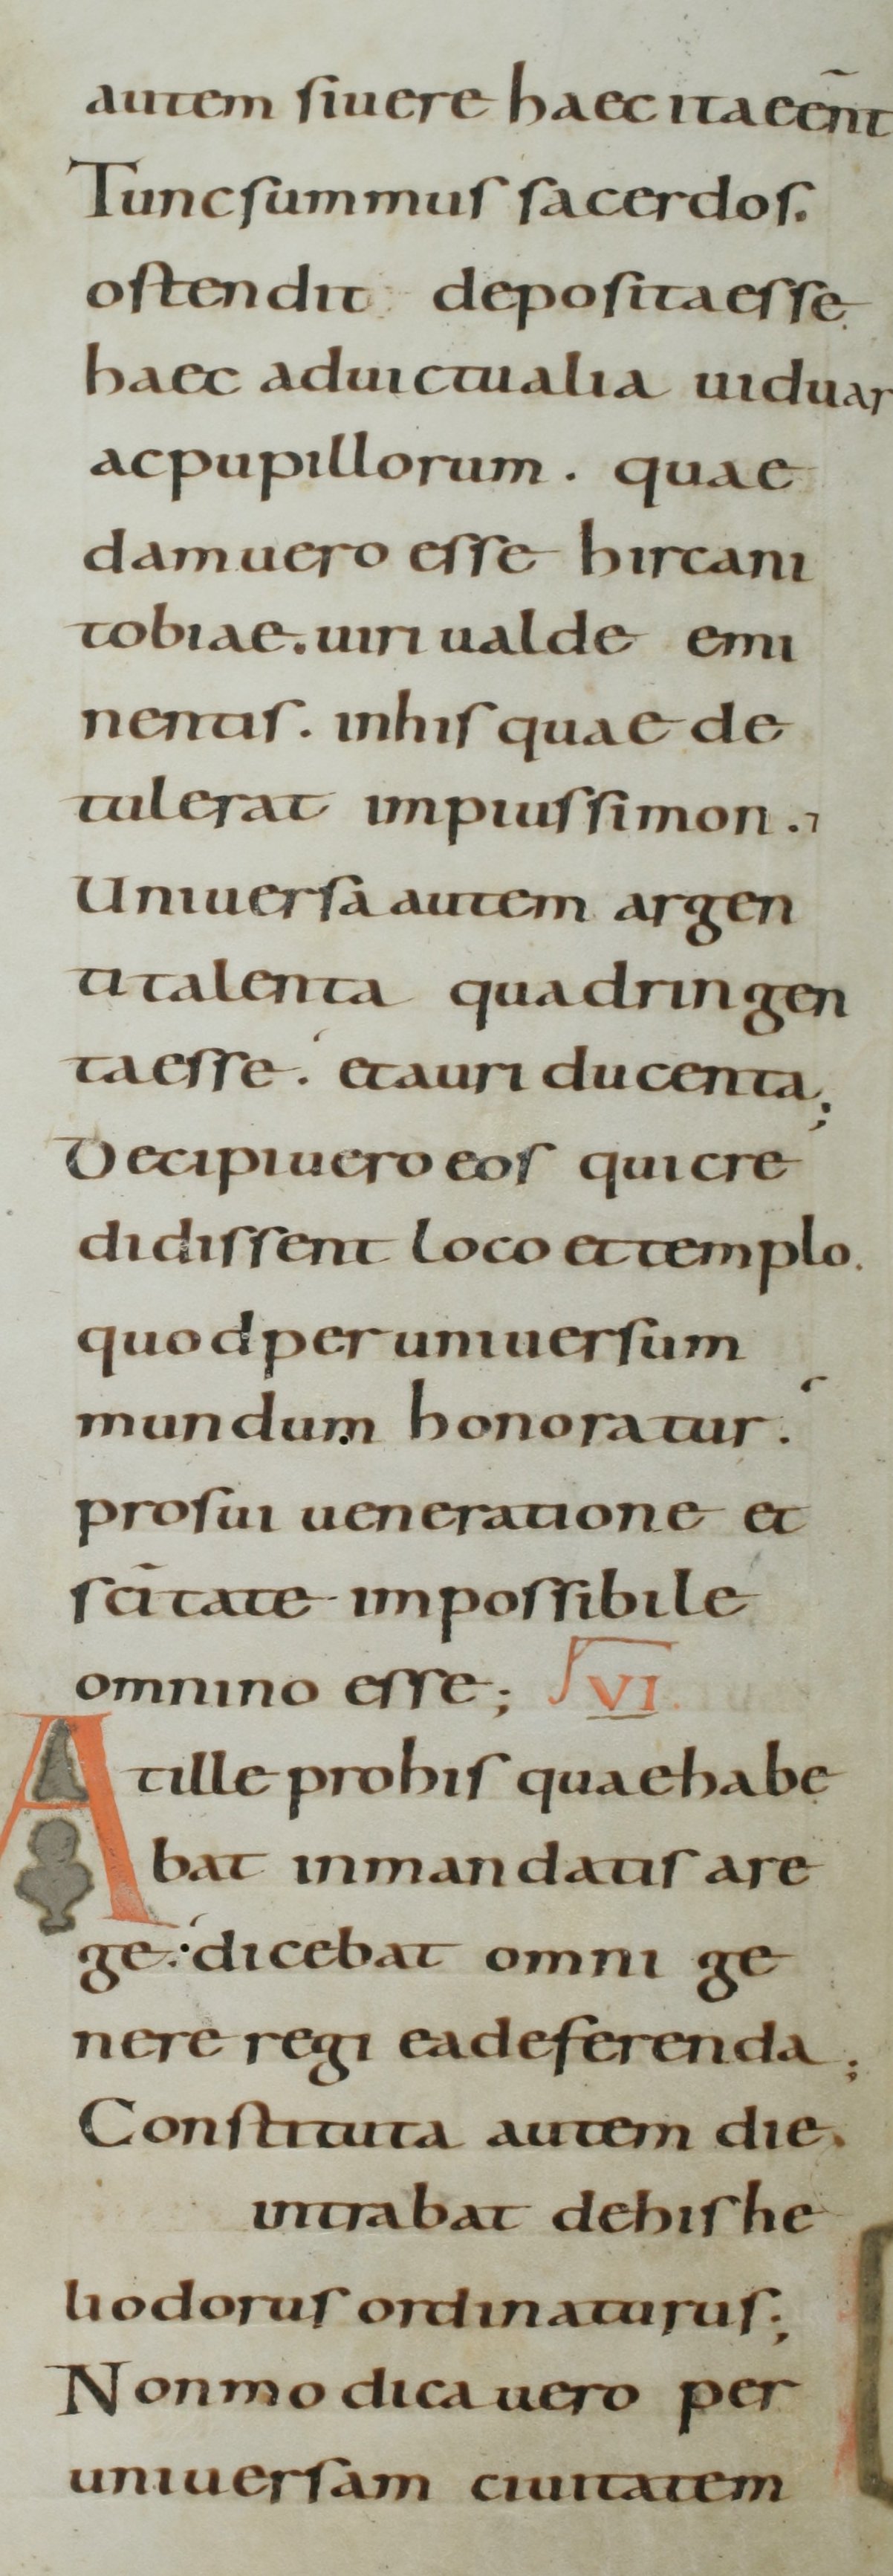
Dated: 800–899